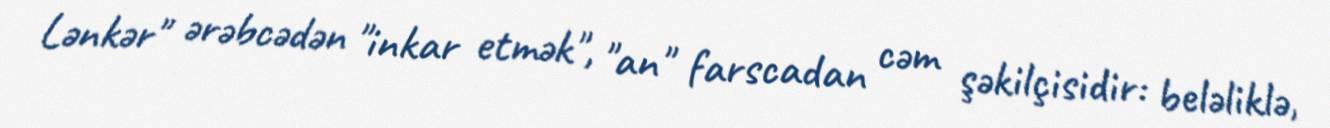
Lənkər" ərəbcədən "inkar etmək", "an" farscadan cəm şəkilçisidir: beləliklə,